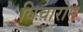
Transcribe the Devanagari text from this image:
विचारोम